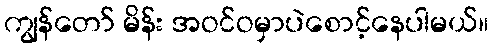
ကျွန်တော် မိန်း အဝင်ဝမှာပဲစောင့်နေပါမယ်။